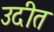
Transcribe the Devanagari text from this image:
उदीत